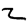
Digit: 2